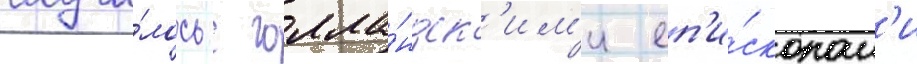
случи́лось с голла́ндск'им'и еп'и́скопам'и